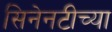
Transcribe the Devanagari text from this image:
सिनेनटीच्या